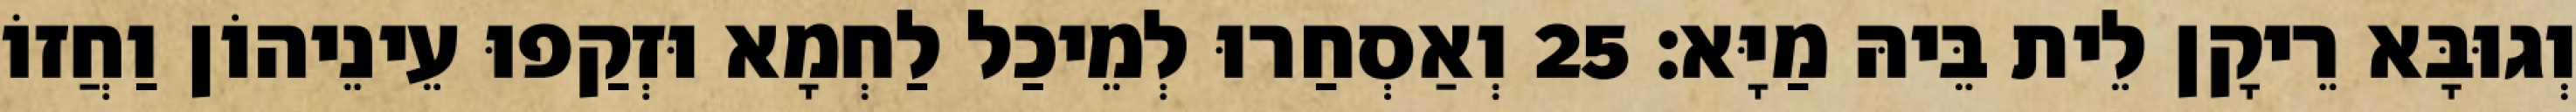
וְגוּבָּא רֵיקָן לֵית בֵּיהּ מַיָּא׃ 25 וְאַסְחַרוּ לְמֵיכַל לַחְמָא וּזְקַפוּ עֵינֵיהוֹן וַחֲזוֹ